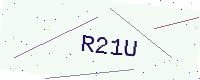
Text: R21U